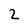
Character: 2